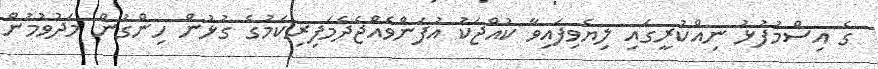
ގެ އިސްމުފުޅު ނިއްކުރީގައި ލިޔެވިފައިވާ ކުއްޖަކު އުފަންވެއްޖެދެމަފިރިކަމުގެ ގުޅުން ހިންގުން މަދުވުމުން